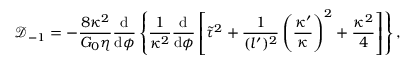
\mathcal { D } _ { - 1 } = - \frac { 8 \kappa ^ { 2 } } { G _ { 0 } \eta } \frac { \mathrm { d } } { \mathrm { d } \phi } \left\{ \frac { 1 } { \kappa ^ { 2 } } \frac { \mathrm { d } } { \mathrm { d } \phi } \left[ \tilde { \tau } ^ { 2 } + \frac { 1 } { ( l ^ { \prime } ) ^ { 2 } } \left( \frac { \kappa ^ { \prime } } { \kappa } \right) ^ { 2 } + \frac { \kappa ^ { 2 } } { 4 } \right] \right\} ,